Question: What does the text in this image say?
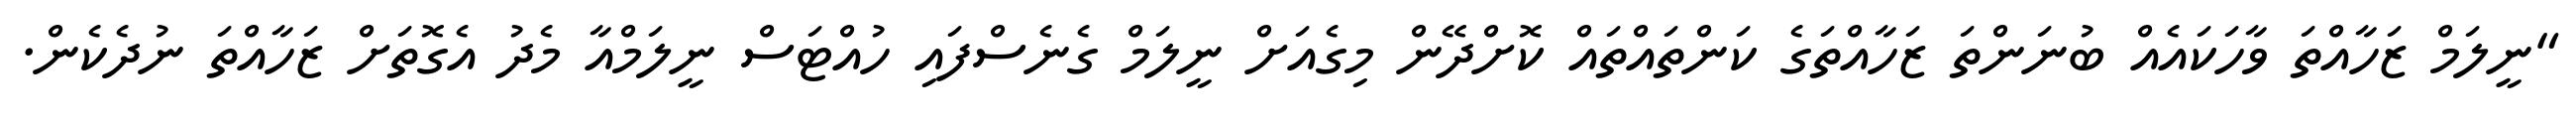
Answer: "ނީލަމް ޒަހާއްތަ ވާހަކައެއް ބުނަންތަ ޒަހާއްތަގެ ކަންތައްތައް ކޮށްދޭން މިގެއަށް ނީލަމް ގެނެސްފައި ހުއްޓަސް ނީލަމްއާ މެދު އެގޮތަށް ޒަހާއްތަ ނުދެކެން.